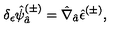
\delta _ { \epsilon } \hat { \psi } _ { \hat { a } } ^ { ( \pm ) } = \hat { \nabla } _ { \hat { a } } \hat { \epsilon } ^ { ( \pm ) } ,